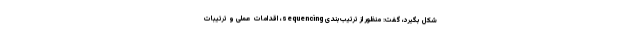
شکل بگیرد، گفت: منظور از ترتیب‌بندی sequencing، اقدامات عملی و ترتیبات